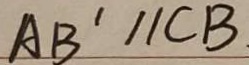
A B ^ { \prime } / / C B .